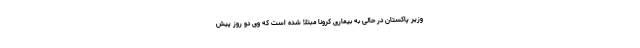
وزیر پاکستان در حالی به بیماری کرونا مبتلا شده‌ است که وی دو روز پیش